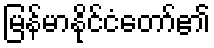
မြန်မာနိုင်ငံတော်၏